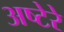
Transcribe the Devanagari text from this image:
अष्टेरे